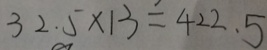
3 2 . 5 \times 1 3 = 4 2 2 . 5